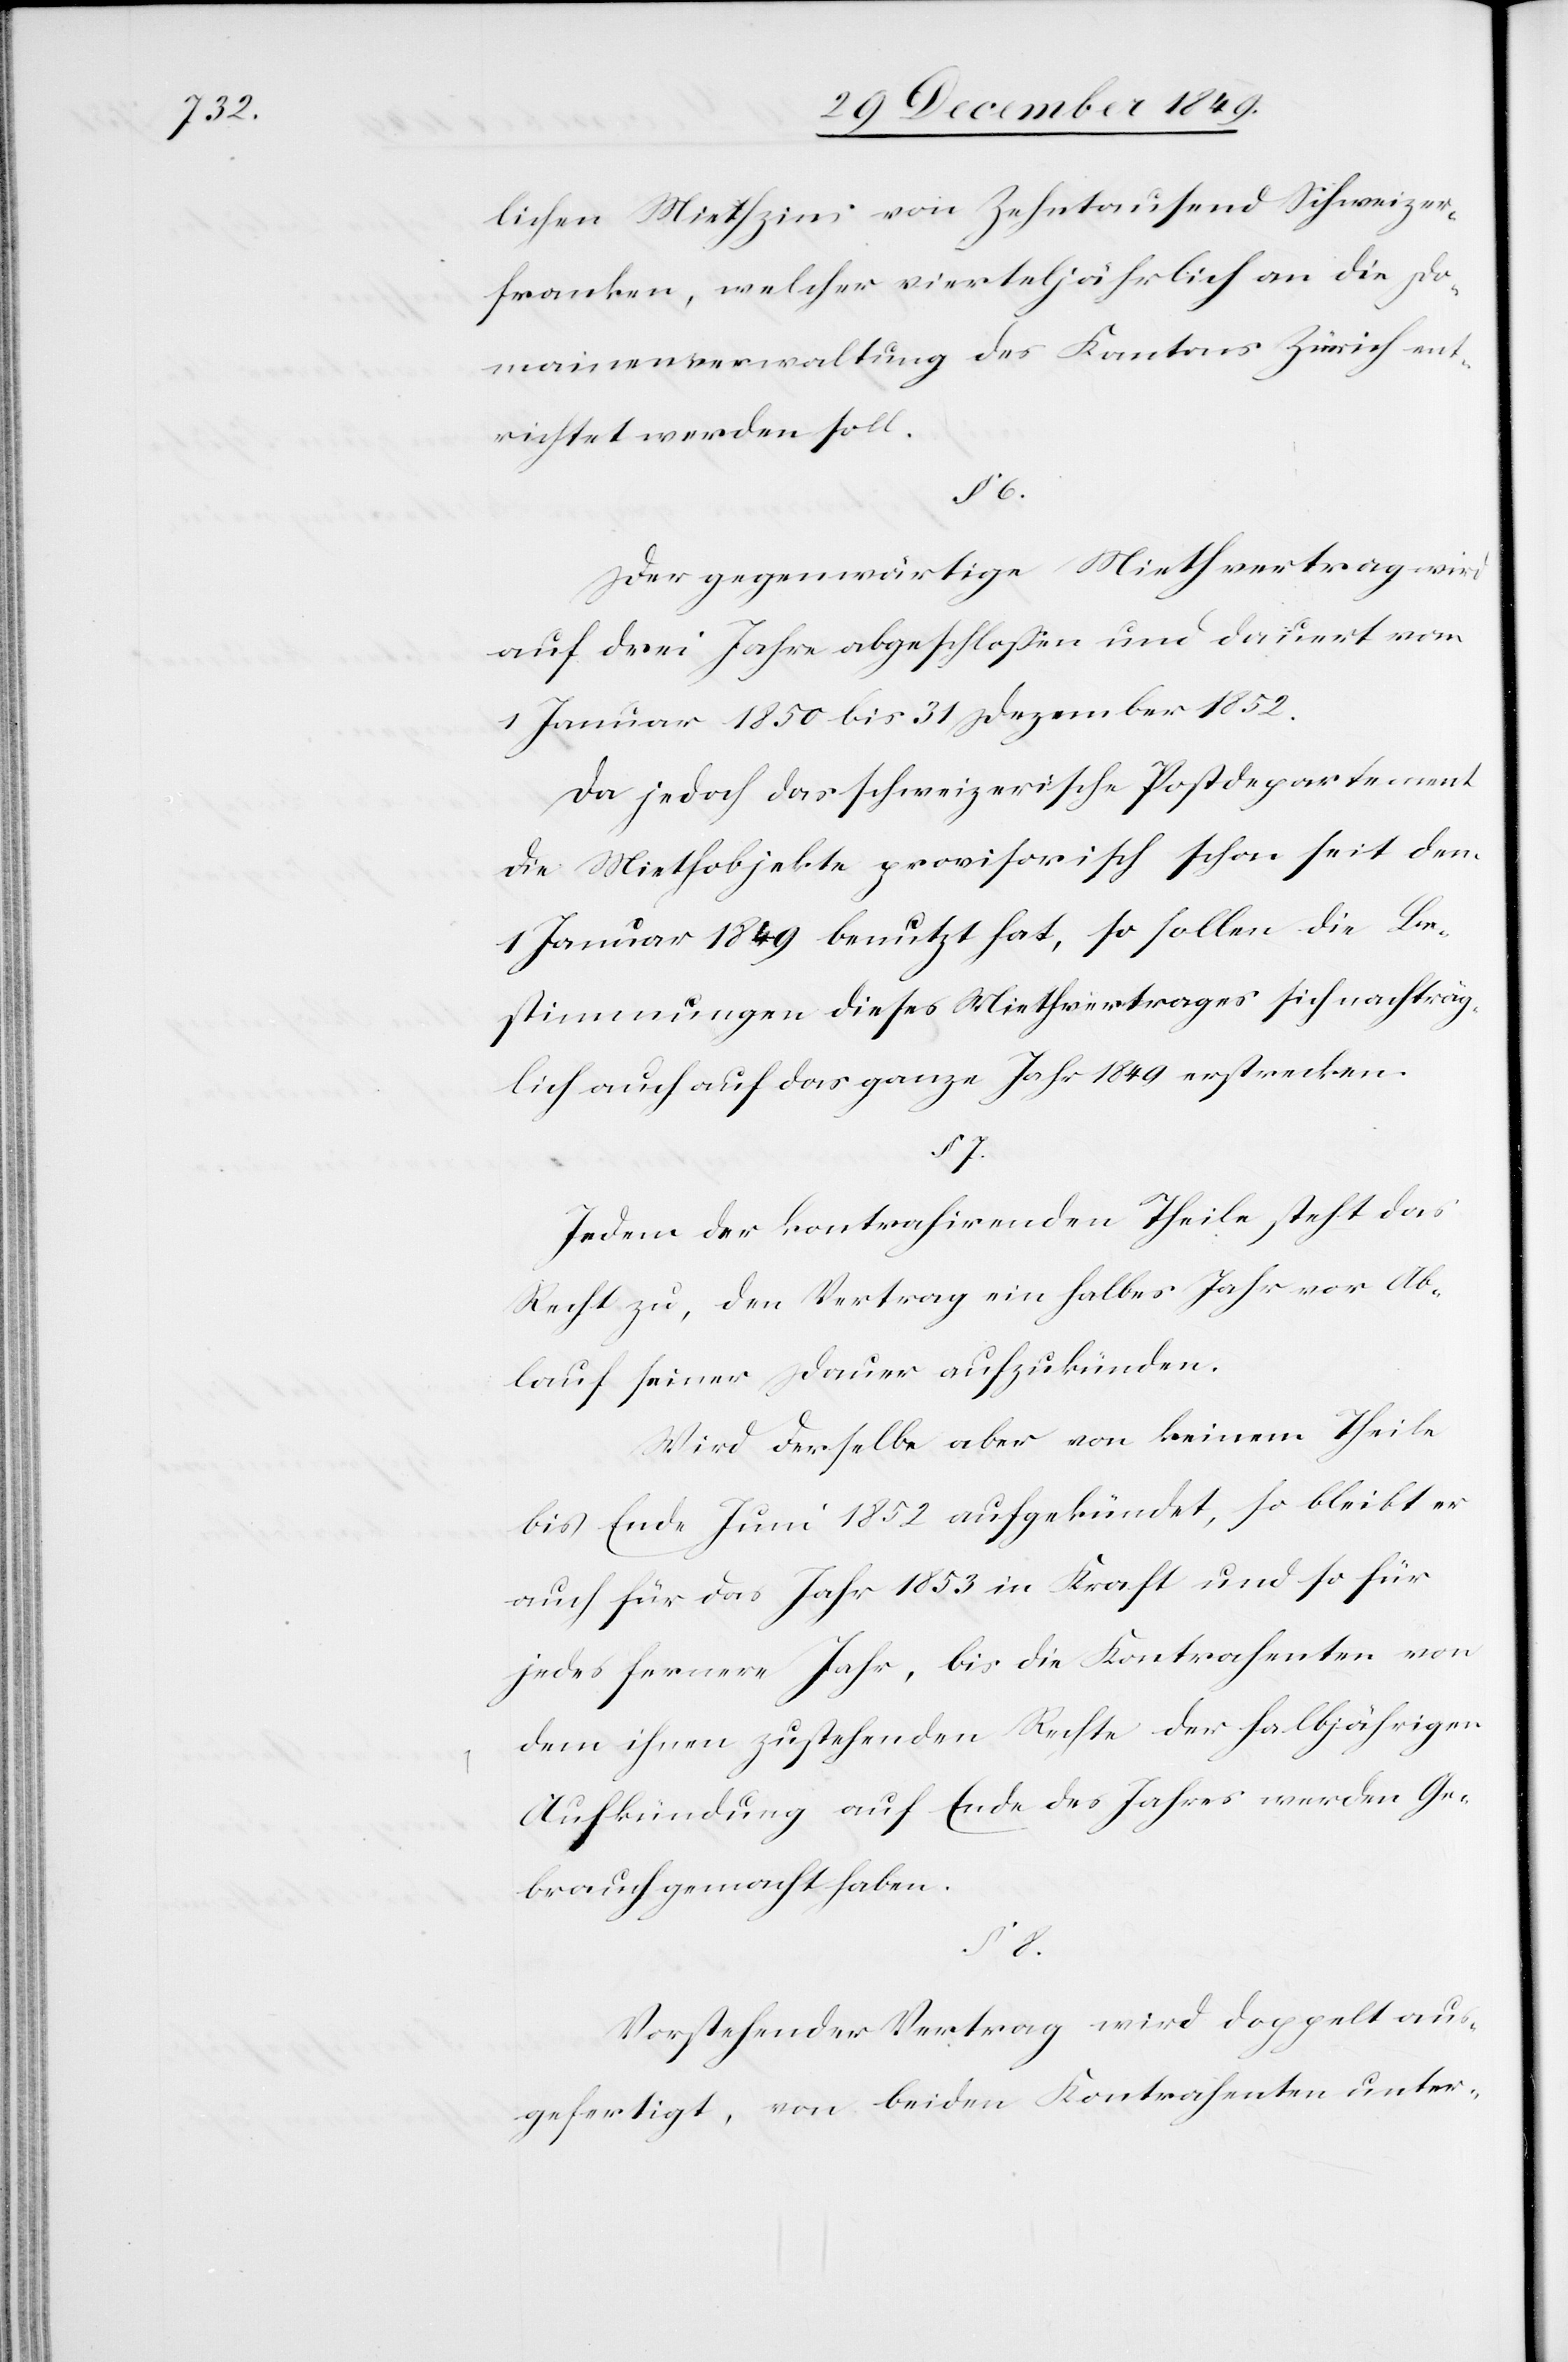
§ 8.

lichen Miethzins von Zehntausend Schweizer¬
franken, welcher vierteljährlich an die Do¬
mainenverwaltung des Kantons Zürich ent¬
richtet werden soll.
§ 6.
Der gegenwärtige Miethvertrag wird
auf drei Jahre abgeschloßen und dauert von
1 Januar 1850 bis 31 Dezember 1852.
Da jedoch das schweizerische Postdepartement
die Miethobjekte provisorisch schon seit dem
1 Januar 1849 benutzt hat, so sollen die Be¬
stimmungen dieses Miethvertrages sich nachträg¬
lich auch auf das ganze Jahr 1849 erstrecken.
§ 7.
Jedem der kontrahirenden Theile steht das
Recht zu, den Vertrag ein halbes Jahr vor Ab¬
lauf seiner Dauer aufzukünden.
Wird derselbe aber von keinem Theile
bis Ende Juni 1852 aufgekündet, so bleibt er
auch für das Jahr 1853 in Kraft und so für
jedes fernere Jahr, bis die Kontrahenten von
dem ihnen zustehenden Rechte der halbjährigen
Aufkündung auf Ende des Jahres werden Ge¬
brauch gemacht haben.
Vorstehender Vertrag wird doppelt aus¬
gefertigt, von beiden Kontrahenten unter-